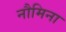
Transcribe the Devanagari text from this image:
नौमिना